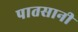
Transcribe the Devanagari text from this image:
पातसानी